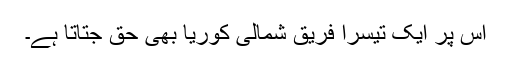
اس پر ایک تیسرا فریق شمالی کوریا بھی حق جتاتا ہے۔